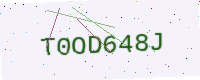
Text: T0OD648J